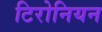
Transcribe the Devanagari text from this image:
टिरोनियन